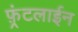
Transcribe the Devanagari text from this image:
फ़्रंटलाईन